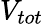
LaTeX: V_{tot}